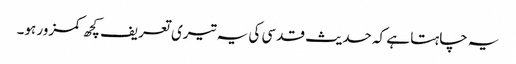
یہ چاہتا ہے کہ حدیث قدسی کی یہ تیری تعریف کچھ کمزور ہو۔